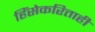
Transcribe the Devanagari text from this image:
हिंसेकरिताही